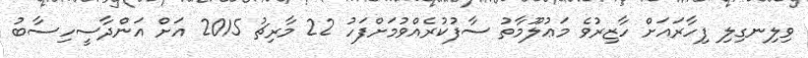
ވިލިނގިލި ފިހާރައަށް ހާޒިރުވެ މަޢުލޫމާތު ސާފުކުރެއްވުމަށްފަހު 22 މާރިޗު 2015 އަށް އަންދާސީހިސާބު